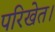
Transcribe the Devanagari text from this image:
परिखेत।